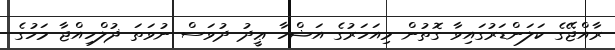
ރާއްޖޭގެ ކަލަންޑަރުގައިވާ ގޮތުން މިއަހަރުގެ އަޟްހާ ޢީދު ދުވަސް ނުވަތަ ޛުލްހިއްޖާ މަހުގެ